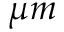
\mu m